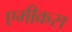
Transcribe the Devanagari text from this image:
एमीकस